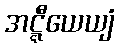
အဋ္ဋီယေယျံ